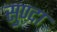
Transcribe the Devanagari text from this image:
सुण्दा